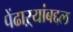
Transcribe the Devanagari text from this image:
पेंढाऱ्यांबद्दल